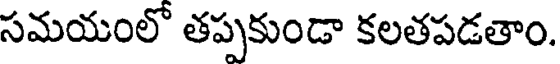
సమయంలో తప్పకుండా కలతపడతాం.